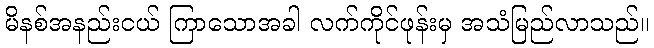
မိနစ်အနည်းငယ် ကြာသောအခါ လက်ကိုင်ဖုန်းမှ အသံမြည်လာသည်။